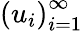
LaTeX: \left(u_{i}\right)_{i=1}^{\infty}